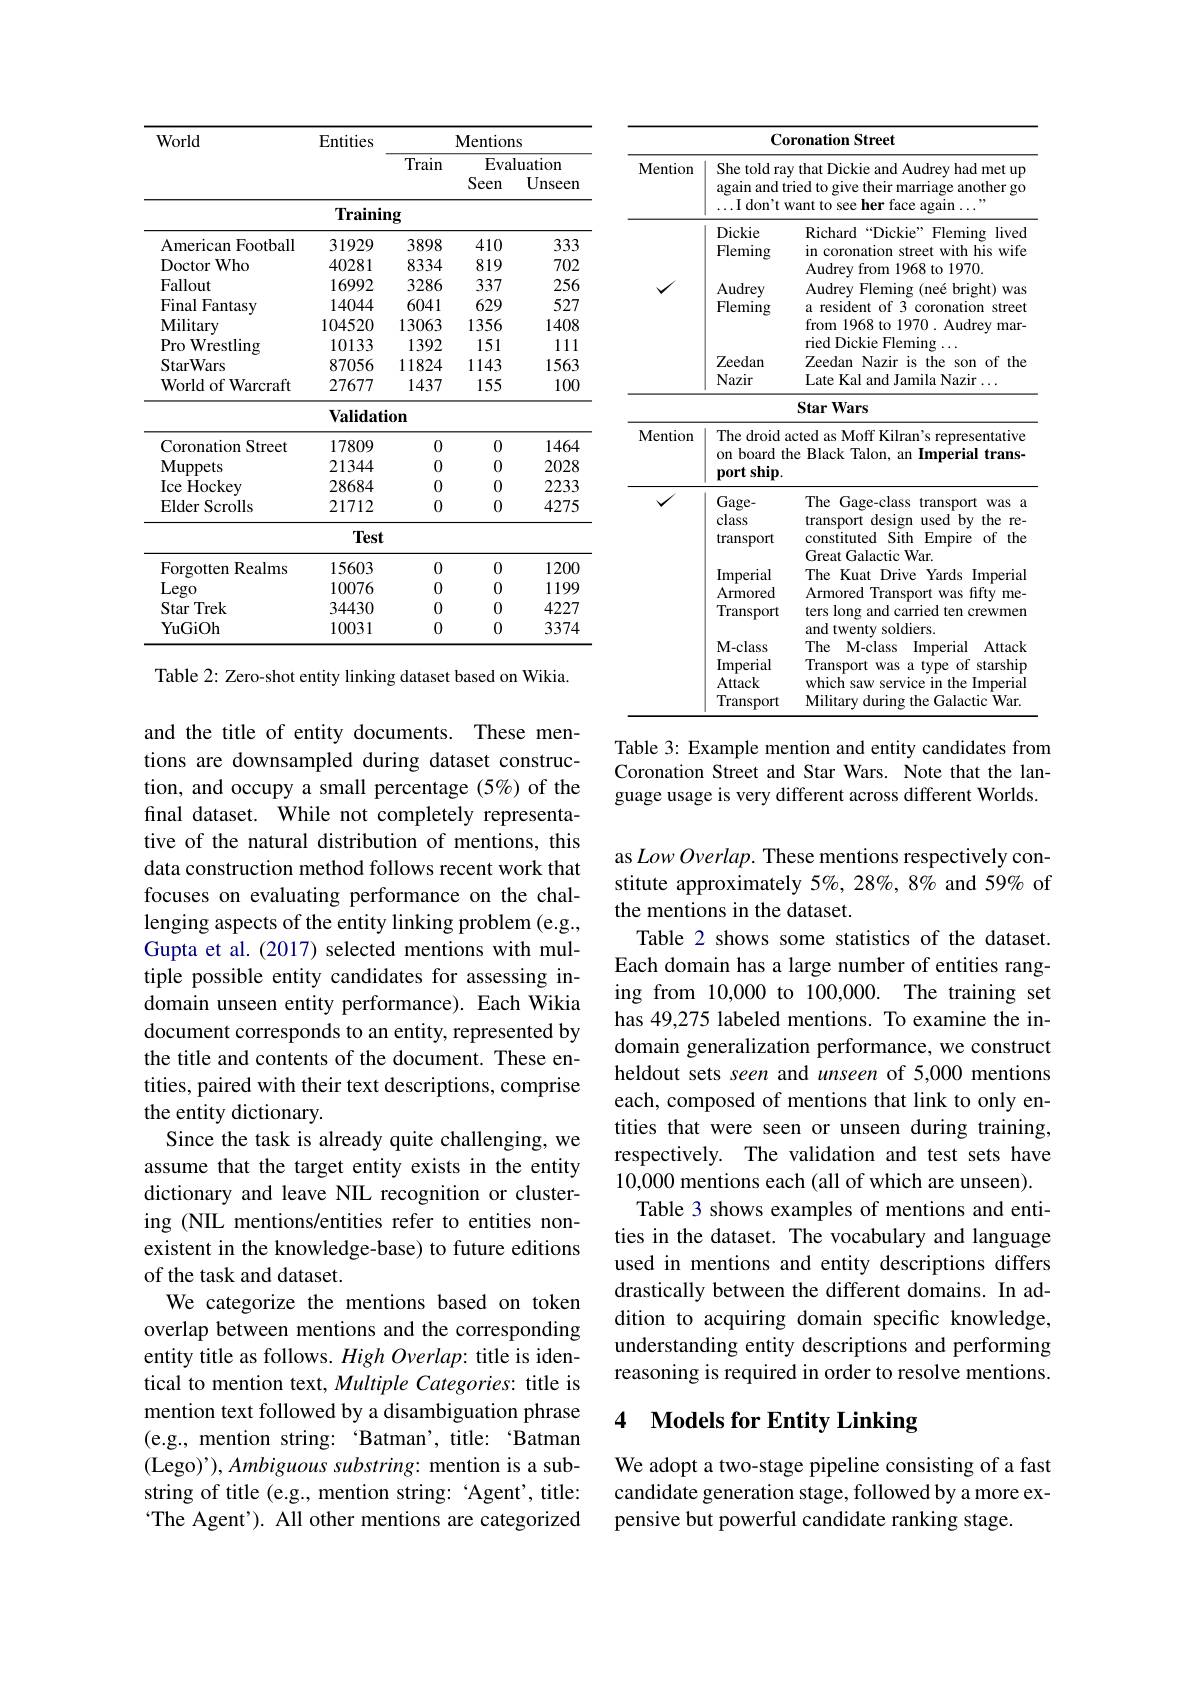
<table>
	<tbody>
		<tr>
			<th rowspan="2">World</th>
			<th rowspan="2">Entities</th>
			<th rowspan="2">Train</th>
			<th colspan="2">$\mathbf{Mentions}$</th>
		</tr>
		<tr>
			<th>Eva Seen</th>
			<th>luation Unseen</th>
		</tr>
		<tr>
			<td> </td>
			<td>$\mathbf{Trainin}$</td>
			<td>$ig$</td>
			<td> </td>
			<td> </td>
		</tr>
		<tr>
			<td>American $\textbf{Football}$</td>
			<td>31929</td>
			<td>3898</td>
			<td>410</td>
			<td>333</td>
		</tr>
		<tr>
			<td>Doctor rWho</td>
			<td>40281</td>
			<td>8334</td>
			<td>819</td>
			<td>702</td>
		</tr>
		<tr>
			<td>Fallout</td>
			<td>16992</td>
			<td>3286</td>
			<td>337</td>
			<td>256</td>
		</tr>
		<tr>
			<td>Final ${\mathbf{l}}$ Fantasy</td>
			<td>14044</td>
			<td>6041</td>
			<td>629</td>
			<td>527</td>
		</tr>
		<tr>
			<td>Military</td>
			<td>104520</td>
			<td>13063</td>
			<td>1356</td>
			<td>1408</td>
		</tr>
		<tr>
			<td>Pro Wrestling</td>
			<td>10133</td>
			<td>1392</td>
			<td>151</td>
			<td>111</td>
		</tr>
		<tr>
			<td>StarWars</td>
			<td>87056</td>
			<td>11824</td>
			<td>1143</td>
			<td>1563</td>
		</tr>
		<tr>
			<td>World of Warcraft</td>
			<td>27677</td>
			<td>1437</td>
			<td>155</td>
			<td>100</td>
		</tr>
		<tr>
			<td> </td>
			<td>$\mathbf{Validati}$</td>
			<td>$0n$</td>
			<td> </td>
			<td> </td>
		</tr>
		<tr>
			<td>Coronation Street</td>
			<td>17809</td>
			<td>0</td>
			<td>0</td>
			<td>1464</td>
		</tr>
		<tr>
			<td>Muppets</td>
			<td>21344</td>
			<td>0</td>
			<td>0</td>
			<td>2028</td>
		</tr>
		<tr>
			<td>Ice Hockey</td>
			<td>28684</td>
			<td>0</td>
			<td>0</td>
			<td>2233</td>
		</tr>
		<tr>
			<td>Elder Scrolls</td>
			<td>21712</td>
			<td>0</td>
			<td>0</td>
			<td>4275</td>
		</tr>
		<tr>
			<td> </td>
			<td>Test</td>
			<td> </td>
			<td> </td>
			<td> </td>
		</tr>
		<tr>
			<td>Forgotten Realms</td>
			<td>15603</td>
			<td>0</td>
			<td>0</td>
			<td>1200</td>
		</tr>
		<tr>
			<td>Lego</td>
			<td>10076</td>
			<td>0</td>
			<td>0</td>
			<td>1199</td>
		</tr>
		<tr>
			<td>Star Trek 7</td>
			<td>34430</td>
			<td>0</td>
			<td>0</td>
			<td>4227</td>
		</tr>
		<tr>
			<td>YuGiOh</td>
			<td>10031</td>
			<td>0</td>
			<td>0</td>
			<td>3374</td>
		</tr>
	</tbody>
</table>

Table 2: Zero-shot entity linking dataset based on Wikia.

and the title of entity documents. These mentions are downsampled during dataset construction, and occupy a small percentage (5%) of the final dataset. While not completely representative of the natural distribution of mentions, this data construction method follows recent work that focuses on evaluating performance on the challenging aspects of the entity linking problem (e.g., Gupta et al. (2017) selected mentions with multiple possible entity candidates for assessing indomain unseen entity performance). Each Wikia document corresponds to an entity, represented by the title and contents of the document. These entities, paired with their text descriptions, comprise the entity dictionary.
Since the task is already quite challenging, we assume that the target entity exists in the entity dictionary and leave NIL recognition or clustering (NIL mentions/entities refer to entities nonexistent in the knowledge-base) to future editions of the task and dataset.
We categorize the mentions based on token overlap between mentions and the corresponding entity title as follows. $High\textit{Overlap: title is iden- }$ tical to mention text, Multiple Categories: title is mention text followed by a disambiguation phrase (e.g., mention string: ‘Batman’, title: ‘Batman (Lego)'), Ambiguous substring: mention is a substring of title (e.g., mention string: 'Agent', title: The Agent'). All other mentions are categorized

<table>
	<tbody>
		<tr>
			<th colspan="3">Coronation Street</th>
		</tr>
		<tr>
			<th rowspan="3">Mention</th>
			<th colspan="2">Coronation Street She told ray that Dickie and Audrey had met up again and tried to give their marriage another go $\ldots$I don't want to see her face again $\ldots$ 97</th>
		</tr>
		<tr>
			<th>Dickie Fleming</th>
			<th>Richard“Dickie” Fleming lived in coronation street with his wife Audrey from 1968 to 1970.</th>
		</tr>
		<tr>
			<th>Audrey Fleming</th>
			<th>Audrey Fleming (neé bright) Was a resident of 3 coronation street from 1968 to 1970 . Audrey mar- ried Dickie Fleming</th>
		</tr>
		<tr>
			<th> </th>
			<th>Nazir</th>
			<th>Late Kal and Jamila Nazir $\Upsilon\ldots$</th>
		</tr>
		<tr>
			<td>Mention</td>
			<td>The droid $\ddot{a}$ $0n$ board tr port ship.</td>
			<td>cted as Moff Kilran's representative e Black Talon, an Imperial trans-</td>
		</tr>
		<tr>
			<td rowspan="2">$√$</td>
			<td>Gage- class transport</td>
			<td>The( Gage-class $\frac{1}{2}=\frac{1}{2}\frac{1}{2}$ transport Was a transport c design used by the re- constituted Sith Empire of the 1 $i$ Great Galactic War.</td>
		</tr>
		<tr>
			<td>Imperial Armored Transport M- class Imperial Attack Transport</td>
			<td>LUR The Kuat Drive Yards Imperial Armored Transport was fifty me- ters long and carried ten crewmen and twenty soldiers. The M-class Imperial Attack $\frac{1}{2}=\frac{1}{2}=\frac{1}{2}$ Transport was a type of starship which saw service in the Imperia Militarv durino the e Galactic War</td>
		</tr>
	</tbody>
</table>

Table 3: Example mention and entity candidates from Coronation Street and Star Wars. Note that the language usage is very different across different Worlds.

as Low Overlap. These mentions respectively constitute approximately 5%, 28%, 8% and 59% of the mentions in the dataset.
Table 2 shows some statistics of the dataset. Each domain has a large number of entities ranging from 10,000 to 100,000. The training set has 49,275 labeled mentions. To examine the indomain generalization performance, we construct heldout sets seen and unseen of 5,000 mentions each, composed of mentions that link to only entities that were seen or unseen during training, respectively. The validation and test sets have 10,000 mentions each (all of which are unseen).
Table 3 shows examples of mentions and entities in the dataset. The vocabulary and language used in mentions and entity descriptions differs drastically between the different domains. In addition to acquiring domain specific knowledge, understanding entity descriptions and performing reasoning is required in order to resolve mentions.

# 4 Models for Entity Linking

We adopt a two-stage pipeline consisting of a fast candidate generation stage, followed by a more expensive but powerful candidate ranking stage.